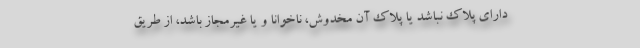
دارای پلاک نباشد یا پلاک آن مخدوش، ناخوانا و یا غیرمجاز باشد، از طریق